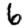
Digit: 6